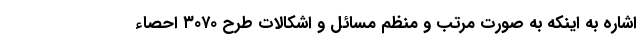
اشاره به اینکه به صورت مرتب و منظم مسائل و اشکالات طرح ۳۰۷۰ احصاء